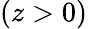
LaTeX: (z>0)